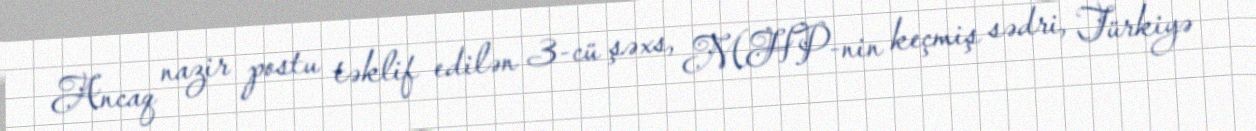
Ancaq nazir postu təklif edilən 3-cü şəxs, MHP-nin keçmiş sədri, Türkiyə